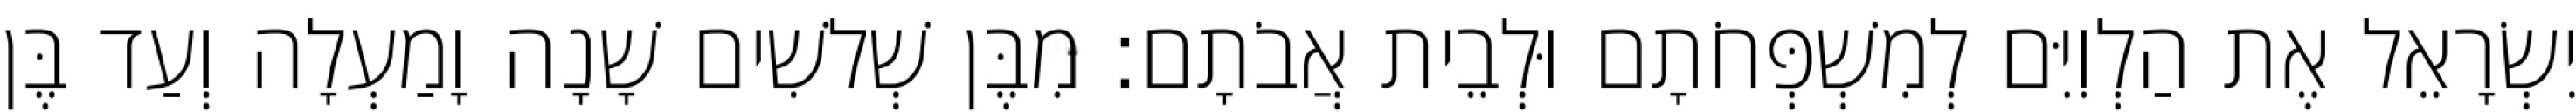
יִשְׂרָאֵל אֶת הַלְוִיִּם לְמִשְׁפְּחֹתָם וּלְבֵית אֲבֹתָם׃ מִבֶּן שְׁלשִׁים שָׁנָה וָמַעְלָה וְעַד בֶּן